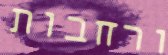
ורחבות